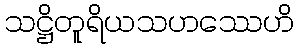
သဋ္ဌိတူရိယသဟဿေဟိ